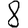
Digit: 8